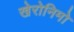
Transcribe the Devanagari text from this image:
खेरोनिमो